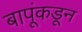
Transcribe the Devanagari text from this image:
बापूंकडून